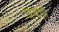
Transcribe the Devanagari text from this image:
घवड़ी